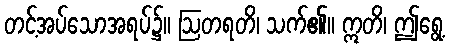
တင့်အပ်သောအရပ်၌။ ဩတရတိ၊ သက်၏။ ဣတိ၊ ဤရွေ့